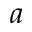
a